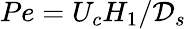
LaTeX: Pe=U_{c}H_{1}/\mathcal{D}_{s}